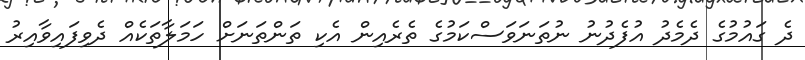
ދެ ގަައުމުގެ ދެމެދު އުފެދުނު ނުތަނަވަސްކަމުގެ ތެރެއިން އެކި ތަންތަނަށް ހަމަލާތަކެއް ދެވިފައިވާއިރު